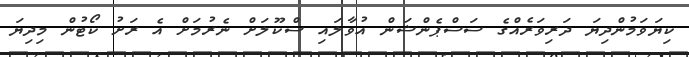
ކިޔަވަމުންދިޔަ ދަރިވަރެއްގެ ސަސްޕެންޝަން އުވާލައި ސްކޫލަށް ނެރުމަށް އެ ރަށު ކޯޓުން މިދިޔަ